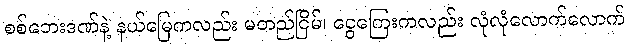
စစ်ဘေးဒဏ်နဲ့ နယ်မြေကလည်း မတည်ငြိမ်၊ ငွေကြေးကလည်း လုံလုံလောက်လောက်